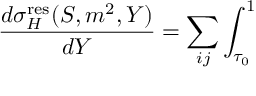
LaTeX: \frac { d \sigma _ { H } ^ { \mathrm { r e s } } ( S , m ^ { 2 } , Y ) } { d Y } = \sum _ { i j } \int _ { \tau _ { 0 } } ^ { 1 }